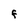
Character: F